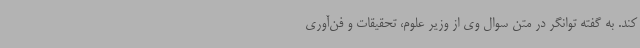
کند. به گفته توانگر در متن سوال وی از وزیر علوم، تحقیقات و فن‌آوری